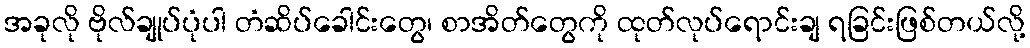
အခုလို ဗိုလ်ချုပ်ပုံပါ တံဆိပ်ခေါင်းတွေ၊ စာအိတ်တွေကို ထုတ်လုပ်ရောင်းချ ရခြင်းဖြစ်တယ်လို့